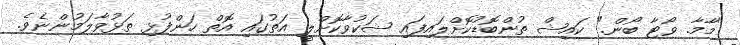
"މާމާ. ވޯޓާ ބޯން." ކައިޝް ތުންބޮޑުކޮށްލައިފައި ޝަކުވާކޮށްލީ އަތުގައި އޮތް ހަންފުޅި ތަޅުވާލަމުންނެވެ.